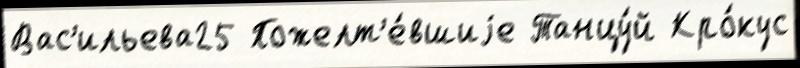
Вас'ильева25 Пожелт'е́вшиjе Танцу́й Кро́кус